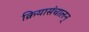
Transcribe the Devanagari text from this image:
क्रियासंचालन्